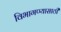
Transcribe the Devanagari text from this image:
विभागण्यासाठी